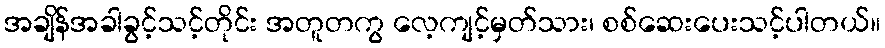
အချိန်အခါခွင့်သင့်တိုင်း အတူတကွ လေ့ကျင့်မှတ်သား၊ စစ်ဆေးပေးသင့်ပါတယ်။